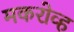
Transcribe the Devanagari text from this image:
मकरोव्ह